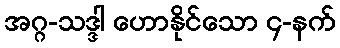
အဂ္ဂ-သဒ္ဒါ ဟောနိုင်သော ၄-နက်